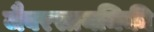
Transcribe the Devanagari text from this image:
जैवरसायनिकी